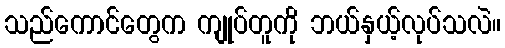
သည်ကောင်တွေက ကျုပ်တူကို ဘယ်နှယ့်လုပ်သလဲ။